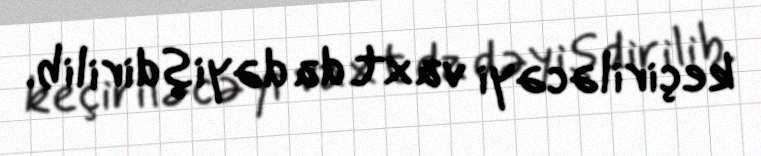
keçiriləcəyi vaxt da dəyişdirilib.